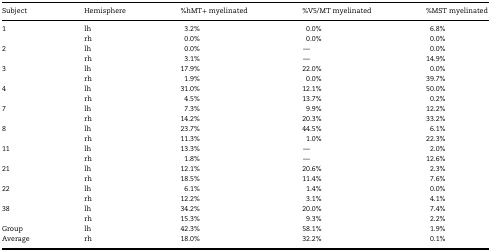
| Subject | Hemisphere | %hMT+ myelinated | %V5/MT myelinated | %MST myelinated |
 | --- | --- | --- | --- | --- |
 | 1 | lh | 3.2% | 0.0% | 6.8% |
 |  | rh | 0.0% | 0.0% | 0.0% |
 | 2 | lh | 0.0% | — | 0.0% |
 |  | rh | 3.1% | — | 14.9% |
 | 3 | lh | 17.9% | 22.0% | 0.0% |
 |  | rh | 1.9% | 0.0% | 39.7% |
 | 4 | lh | 31.0% | 12.1% | 50.0% |
 |  | rh | 4.5% | 13.7% | 0.2% |
 | 7 | lh | 7.3% | 9.9% | 12.2% |
 |  | rh | 14.2% | 20.3% | 33.2% |
 | 8 | lh | 23.7% | 44.5% | 6.1% |
 |  | rh | 11.3% | 1.0% | 22.3% |
 | 11 | lh | 13.3% | — | 2.0% |
 |  | rh | 1.8% | — | 12.6% |
 | 21 | lh | 12.1% | 20.6% | 2.3% |
 |  | rh | 18.5% | 11.4% | 7.6% |
 | 22 | lh | 6.1% | 1.4% | 0.0% |
 |  | rh | 12.2% | 3.1% | 4.1% |
 | 38 | lh | 34.2% | 20.0% | 7.4% |
 |  | rh | 15.3% | 9.3% | 2.2% |
 | Group | lh | 42.3% | 58.1% | 1.9% |
 | Average | rh | 18.0% | 32.2% | 0.1% |